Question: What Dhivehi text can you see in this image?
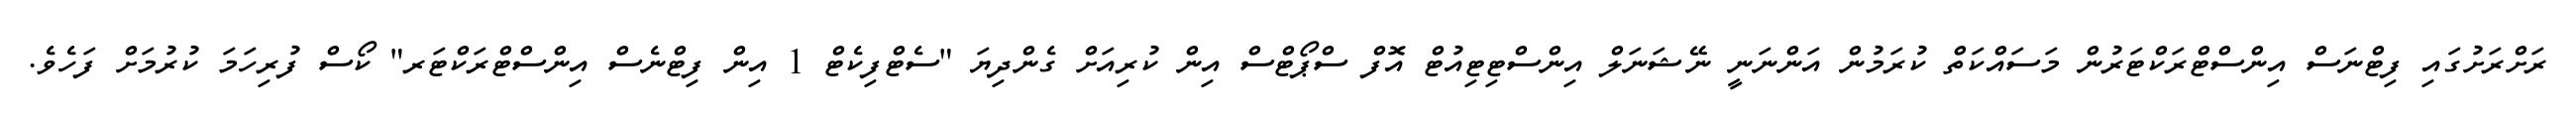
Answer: ރަށްރަށުގައި ފިޓްނަސް އިންސްޓްރަކްޓަރުން މަސައްކަތް ކުރަމުން އަންނަނީ ނޭޝަނަލް އިންސްޓިޓިއުޓް އޮފް ސްޕޯޓްސް އިން ކުރިއަށް ގެންދިޔަ "ސެޓްފިކެޓް 1 އިން ފިޓްނެސް އިންސްޓްރަކްޓަރ" ކޯސް ފުރިހަމަ ކުރުމަށް ފަހެވެ.